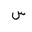
Letter: _sin